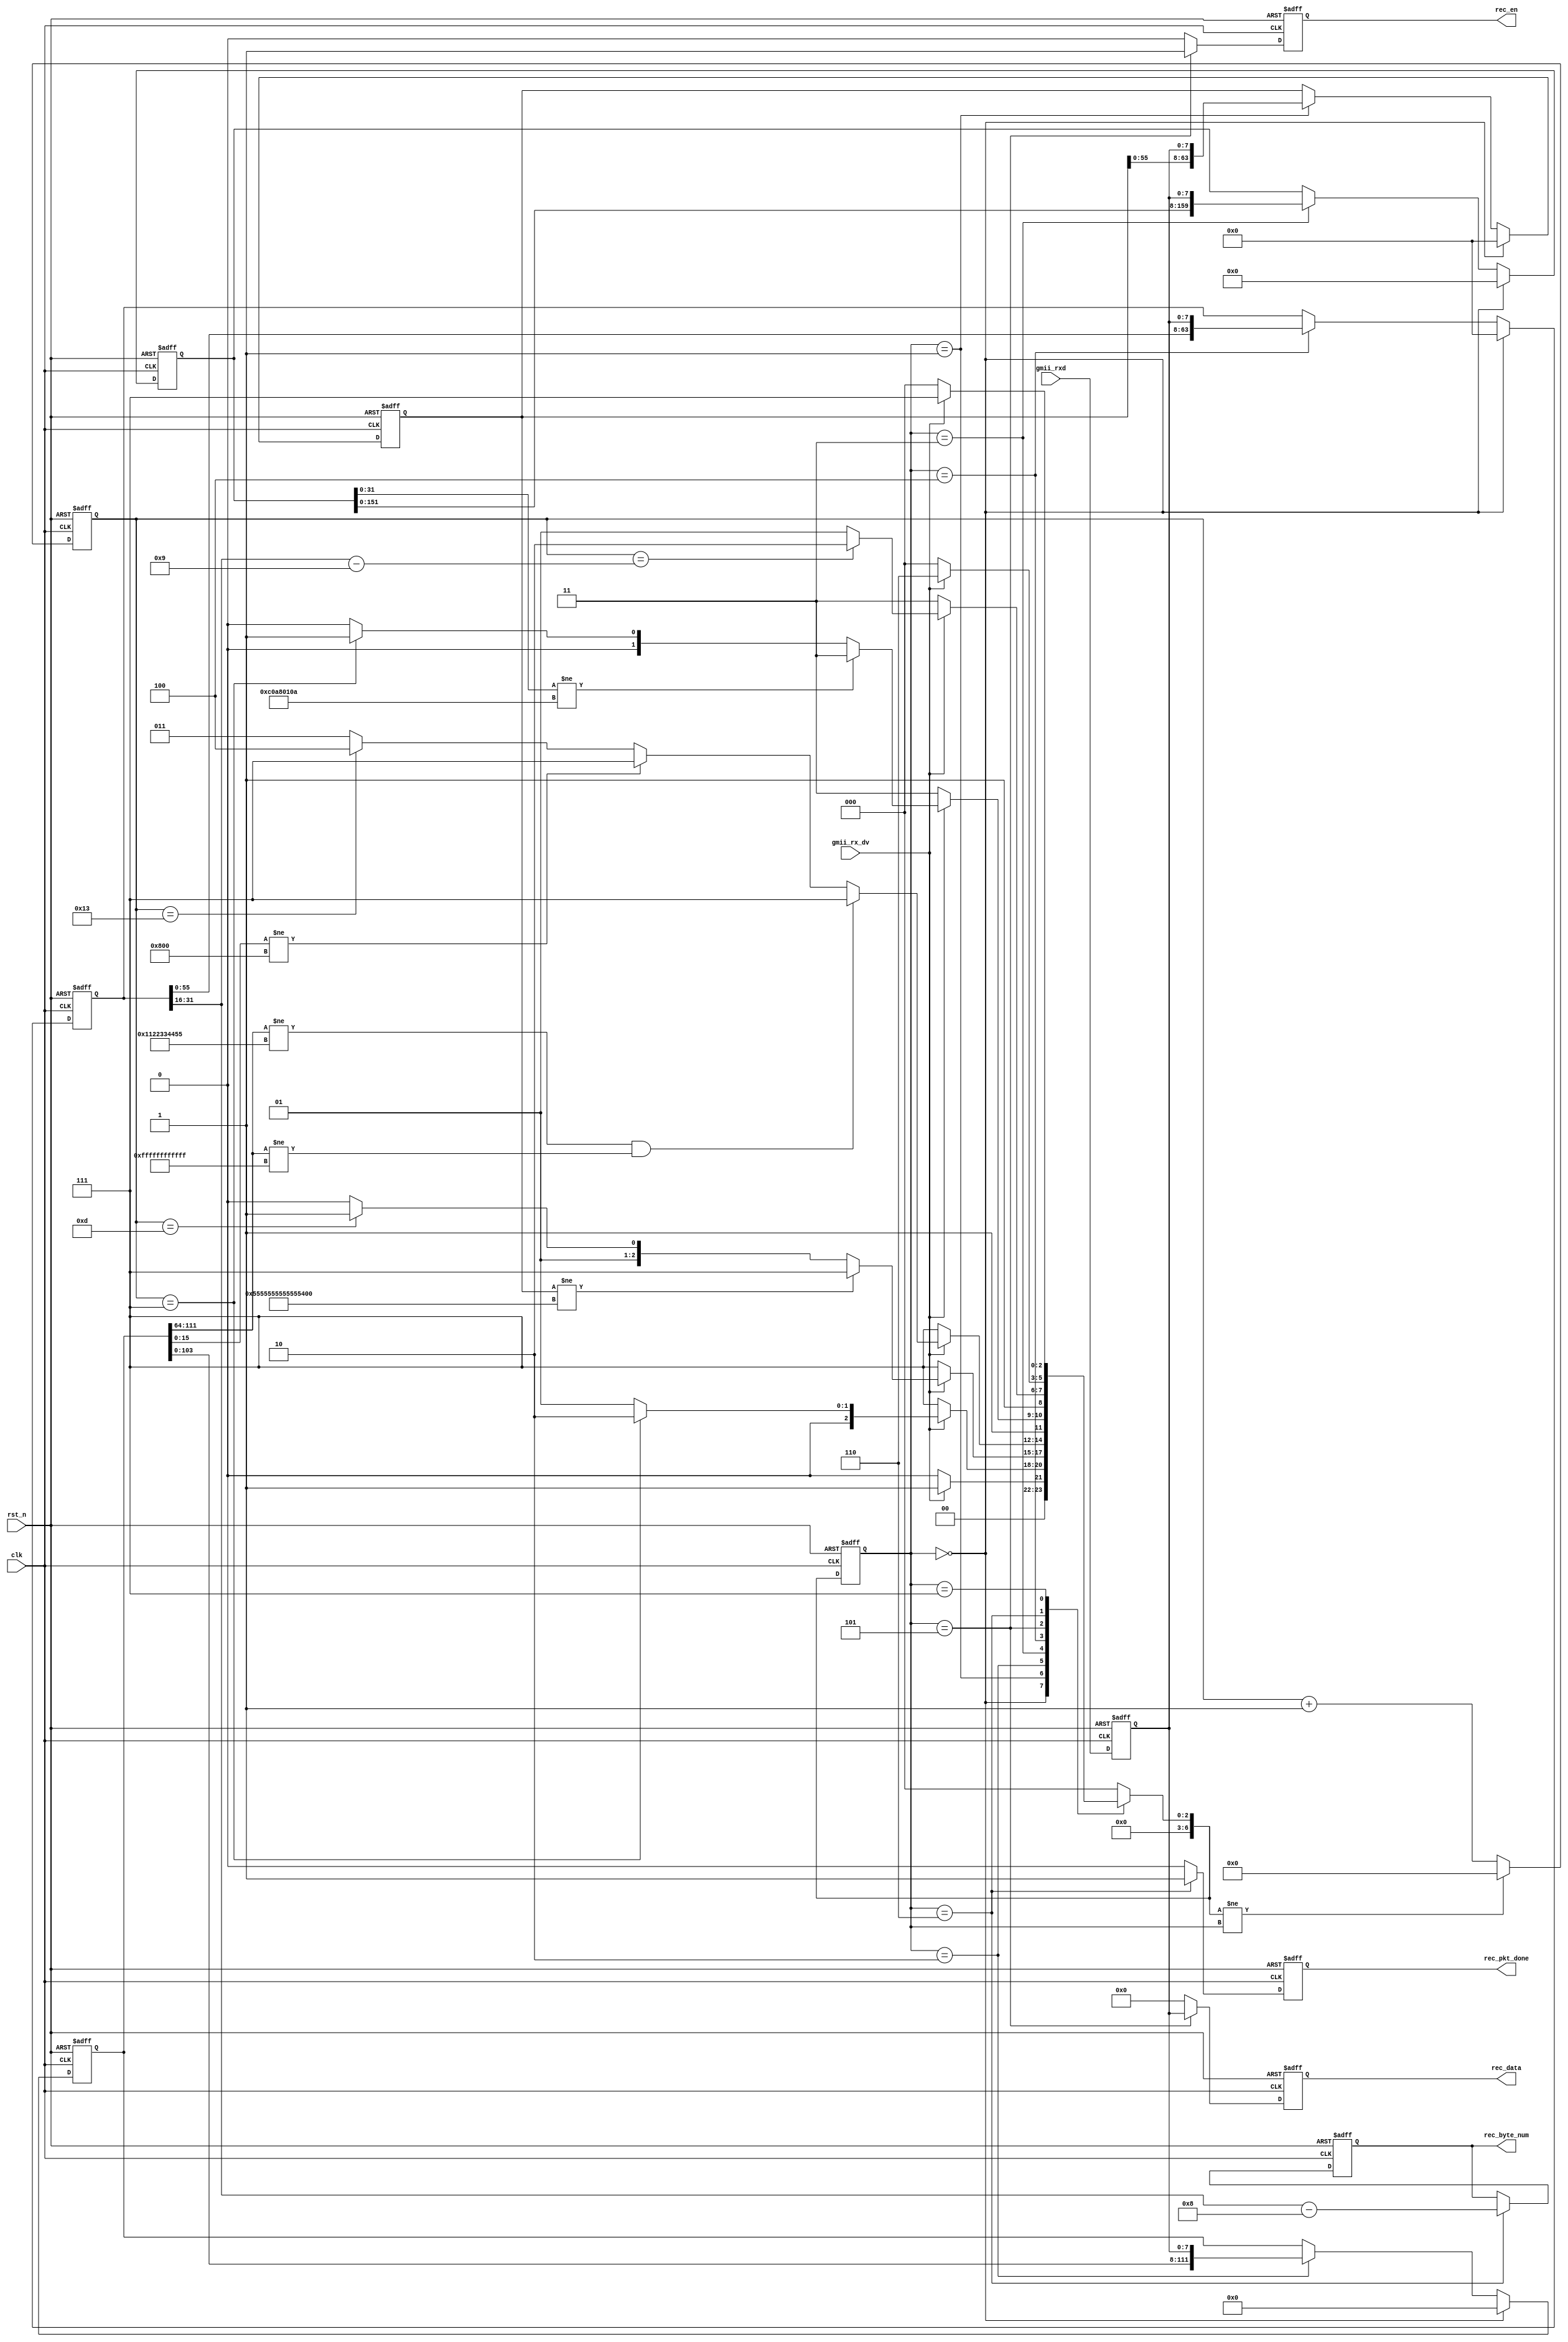
module udp_rx (
    input clk,   //
    input rst_n, //

    input             gmii_rx_dv,    //GMII
    input      [ 7:0] gmii_rxd,      //GMII
    output reg        rec_pkt_done,  //
    output reg        rec_en,        //
    output reg [ 7:0] rec_data,      //
    output reg [15:0] rec_byte_num   // :byte     
);
  //parameter define
  //MAC 00-11-22-33-44-55
  parameter BOARD_MAC = 48'h00_11_22_33_44_55;
  //IP 192.168.1.10 
  parameter BOARD_IP = {8'd192, 8'd168, 8'd1, 8'd10};
  localparam ETH_TYPE = 16'h0800;  // IP

  reg  [ 63:0] preamble_header;  //
  reg  [111:0] eth_header;  //
  reg  [159:0] ip_header;  //ip
  reg  [ 63:0] udp_header;  //udp


  wire [ 47:0] des_mac;  //MAC
  wire [ 15:0] eth_type;  //
  wire [ 31:0] des_ip;  //IP
  wire [ 15:0] udp_byte_num;


  assign des_mac      = eth_header[111:64];
  assign eth_type     = eth_header[15:0];
  assign des_ip       = ip_header[31:0];
  assign udp_byte_num = udp_header[31:16];

  localparam st_idle = 7'd0;  //
  localparam st_preamble = 7'd1;  // 
  localparam st_eth_head = 7'd2;  //
  localparam st_ip_head = 7'd3;  //IP
  localparam st_udp_head = 7'd4;  //UDP
  localparam st_rx_data = 7'd5;  //
  localparam st_rx_end = 7'd6;  //
  localparam st_rx_error = 7'd7;  //

  //reg define
  reg [6:0] cur_state;
  reg [6:0] next_state;
  /******************************************************/
  reg [7:0] rxd_data;  //
  always @(posedge clk or negedge rst_n) begin
    if (!rst_n) rxd_data <= 8'd0;
    else rxd_data <= gmii_rxd;
  end
  //*****************************************************
  //**                    main code
  //*****************************************************

  //()
  always @(posedge clk or negedge rst_n) begin
    if (!rst_n) cur_state <= st_idle;
    else cur_state <= next_state;
  end
  reg [11:0] state_cnt;
  always @(posedge clk or negedge rst_n) begin
    if (!rst_n) state_cnt <= 12'd0;
    else if (next_state != cur_state) state_cnt <= 12'd0;
    else state_cnt <= state_cnt + 1'd1;
  end

  //
  always @(*) begin
    next_state = st_idle;
    case (cur_state)
      st_idle: begin  //
        if (gmii_rx_dv) next_state = st_preamble;
        else next_state = st_idle;
      end
      st_preamble: begin  //
        if (!gmii_rx_dv) next_state = st_rx_error;
        else if (state_cnt == 12'd8 - 1) next_state = st_eth_head;
        else next_state = st_preamble;
      end
      st_eth_head: begin  //
        if (!gmii_rx_dv) next_state = st_rx_error;
        else if (preamble_header[63:0] != 64'h5555_5555_5555_55d5) next_state = st_rx_error;  //
        else if (state_cnt == 12'd14 - 1) next_state = st_ip_head;
        else next_state = st_eth_head;
      end
      st_ip_head: begin  //IP
        if (!gmii_rx_dv) next_state = st_rx_error;
        else if (des_mac[47:0] != BOARD_MAC && (des_mac[47:0] != 48'hff_ff_ff_ff_ff_ff)) next_state = st_rx_error;  //mac
        else if (eth_header[15:0] != ETH_TYPE) next_state = st_rx_error;  //iptype
        else if (state_cnt == 12'd20 - 1) next_state = st_udp_head;
        else next_state = st_ip_head;
      end
      st_udp_head: begin  //UDP
        if (!gmii_rx_dv) next_state = st_rx_error;
        else if (ip_header[31:0] != BOARD_IP) next_state = st_rx_error;  //ip
        else if ((state_cnt == 12'd8 - 1)) next_state = st_rx_data;
        else next_state = st_udp_head;
      end
      st_rx_data: begin  //
        if (!gmii_rx_dv) next_state = st_rx_error;
        else if (state_cnt == udp_byte_num[15:0] - 16'd9) next_state = st_rx_end;
        else next_state = st_rx_data;
      end
      st_rx_end: begin  //
        if (!gmii_rx_dv) next_state = st_idle;
        else next_state = st_rx_end;
      end
      st_rx_error: begin  //
        if (!gmii_rx_dv) next_state = st_idle;
        else next_state = st_rx_error;
      end
      default: next_state = st_idle;
    endcase
  end

  /****************sfd*************************/

  always @(posedge clk or negedge rst_n) begin
    if (!rst_n) preamble_header <= 64'd0;
    else if (cur_state == st_idle) preamble_header <= 64'd0;
    else if (cur_state == st_preamble) preamble_header <= {preamble_header[55:0], rxd_data[7:0]};
    else preamble_header <= preamble_header;
  end
  /*****************************************/

  always @(posedge clk or negedge rst_n) begin
    if (!rst_n) eth_header <= 112'd0;
    else if (cur_state == st_idle) eth_header <= 112'd0;
    else if (cur_state == st_eth_head) eth_header <= {eth_header[103:0], rxd_data[7:0]};
    else eth_header <= eth_header;
  end

  /****************ip*************************/

  always @(posedge clk or negedge rst_n) begin
    if (!rst_n) ip_header <= 160'd0;
    else if (cur_state == st_idle) ip_header <= 160'd0;
    else if (cur_state == st_ip_head) ip_header <= {ip_header[151:0], rxd_data[7:0]};
    else ip_header <= ip_header;
  end
  /****************udp*************************/

  always @(posedge clk or negedge rst_n) begin
    if (!rst_n) udp_header <= 64'd0;
    else if (cur_state == st_idle) udp_header <= 64'd0;
    else if (cur_state == st_udp_head) udp_header <= {udp_header[55:0], rxd_data[7:0]};
    else udp_header <= udp_header;
  end
  /*****************************************/
  always @(posedge clk or negedge rst_n) begin
    if (!rst_n) rec_data <= 'd0;
    else if (cur_state == st_rx_data) rec_data[7:0] <= rxd_data[7:0];
    else rec_data <= 'd0;
  end


  always @(posedge clk or negedge rst_n) begin
    if (!rst_n) rec_en <= 1'd0;
    else if (cur_state == st_rx_data) rec_en <= 1'b1;
    else rec_en <= 1'd0;
  end

  /***************************************************************/
  always @(posedge clk or negedge rst_n) begin
    if (!rst_n) begin
      rec_pkt_done <= 1'd0;
      rec_byte_num <= 16'd0;
    end else if (cur_state == st_rx_end) begin
      rec_pkt_done <= 1'b1;
      rec_byte_num <= udp_header[31:16] - 16'd8;
    end else begin
      rec_pkt_done <= 1'd0;
      rec_byte_num <= rec_byte_num;
    end
  end
endmodule